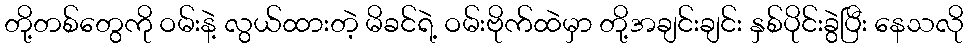
တို့တစ်တွေကို ဝမ်းနဲ့ လွယ်ထားတဲ့ မိခင်ရဲ့ ဝမ်းဗိုက်ထဲမှာ တို့အချင်းချင်း နှစ်ပိုင်းခွဲပြီး နေသလို